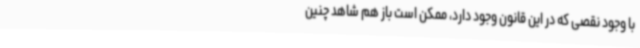
با وجود نقصی که در این قانون وجود دارد، ممکن است باز هم شاهد چنین